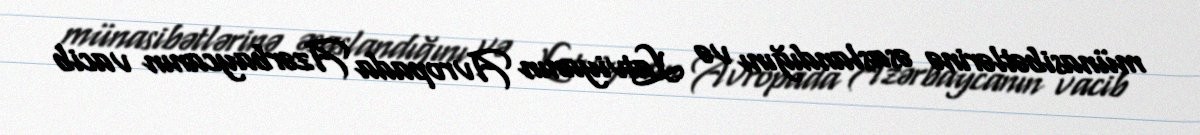
münasibətlərinə əsaslandığını və Latviyanın Avropada Azərbaycanın vacib